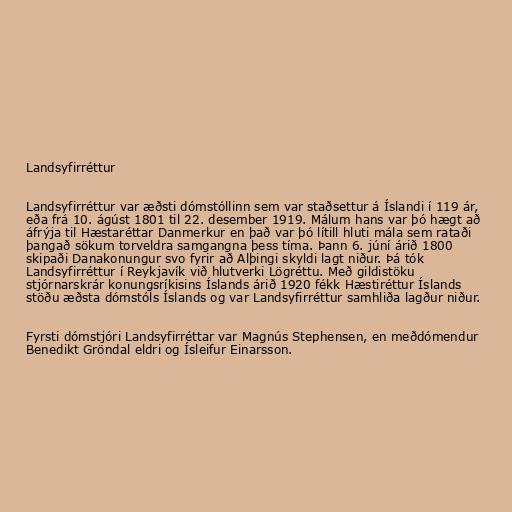
Landsyfirréttur

Landsyfirréttur var æðsti dómstóllinn sem var staðsettur á Íslandi í 119 ár,
eða frá 10. ágúst 1801 til 22. desember 1919. Málum hans var þó hægt að
áfrýja til Hæstaréttar Danmerkur en það var þó lítill hluti mála sem rataði
þangað sökum torveldra samgangna þess tíma. Þann 6. júní árið 1800
skipaði Danakonungur svo fyrir að Alþingi skyldi lagt niður. Þá tók
Landsyfirréttur í Reykjavík við hlutverki Lögréttu. Með gildistöku
stjórnarskrár konungsríkisins Íslands árið 1920 fékk Hæstiréttur Íslands
stöðu æðsta dómstóls Íslands og var Landsyfirréttur samhliða lagður niður.

Fyrsti dómstjóri Landsyfirréttar var Magnús Stephensen, en meðdómendur
Benedikt Gröndal eldri og Ísleifur Einarsson.